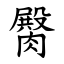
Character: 臋